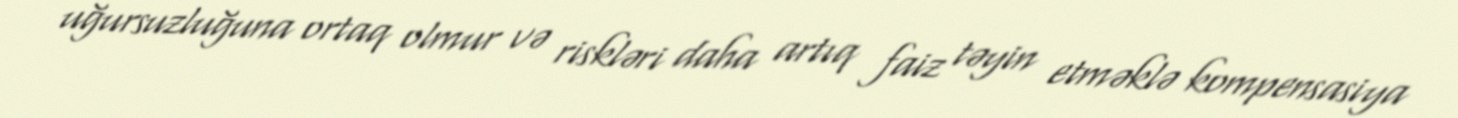
uğursuzluğuna ortaq olmur və riskləri daha artıq faiz təyin etməklə kompensasiya